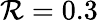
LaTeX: \mathcal{R}=0.3